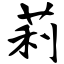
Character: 莉